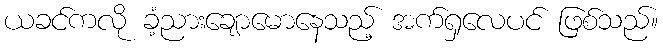
ယခင်ကလို ခံ့ညားချောမောနေသည့် အက်ရှလေပင် ဖြစ်သည်။